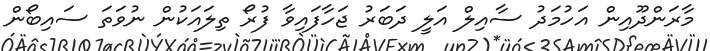
މާރަންދޫއިން އަހުމަދު ސާއިލް އަލީ ދަބަރު ޖަހާފައިވާ ފުރޯ ތިލައަކުން ނުވަތަ ސައިބޯން